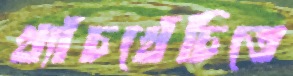
খ্যাঁচখেঁচিতে